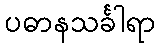
ပဓာနသင်္ခါရာ